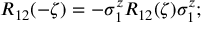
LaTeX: R _ { 1 2 } ( - \zeta ) = - \sigma _ { 1 } ^ { z } R _ { 1 2 } ( \zeta ) \sigma _ { 1 } ^ { z } ;